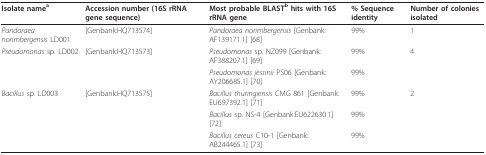
| Isolate namea | Accession number (16S rRNA gene sequence) | Most probable BLASTb hits with 16S rRNA gene | % Sequence identity | Number of colonies isolated |
 | --- | --- | --- | --- | --- |
 | Pandoraea norimbergensis LD001 | [Genbank:HQ713574] | Pandoraea norimbergensis [Genbank:AF139171.1] [68] | 99% | 1 |
 | Pseudomonas sp. LD002 | [Genbank:HQ713573] | Pseudomonas sp. NZ099 [Genbank:AF388207.1] [69] | 99% | 4 |
 |  |  | Pseudomonas jessinii PS06 [Genbank:AY206685.1] [70] | 99% |  |
 | Bacillus sp. LD003 | [Genbank:HQ713575] | Bacillus thuringiensis CMG 861 [Genbank:EU697392.1] [71] | 99% | 2 |
 |  |  | Bacillus sp. NS-4 [Genbank:EU622630.1] [72] | 99% |  |
 |  |  | Bacillus cereus C10-1 [Genbank:AB244465.1] [73] | 99% |  |